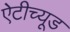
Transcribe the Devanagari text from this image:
ऐटीच्यूड